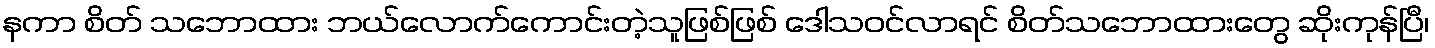
နကာ စိတ် သဘောထား ဘယ်လောက်ကောင်းတဲ့သူဖြစ်ဖြစ် ဒေါသဝင်လာရင် စိတ်သဘောထားတွေ ဆိုးကုန်ပြီ၊